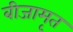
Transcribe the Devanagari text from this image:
बीजामृत